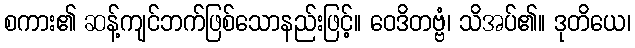
စကား၏ ဆန့်ကျင်ဘက်ဖြစ်သောနည်းဖြင့်။ ဝေဒိတဗ္ဗံ၊ သိအပ်၏။ ဒုတိယေ၊